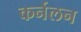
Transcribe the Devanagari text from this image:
कर्नलन